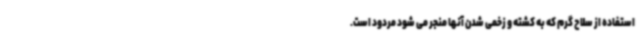
استفاده از سلاح گرم که به کشته و زخمی شدن آنها منجر می شود مردود است.